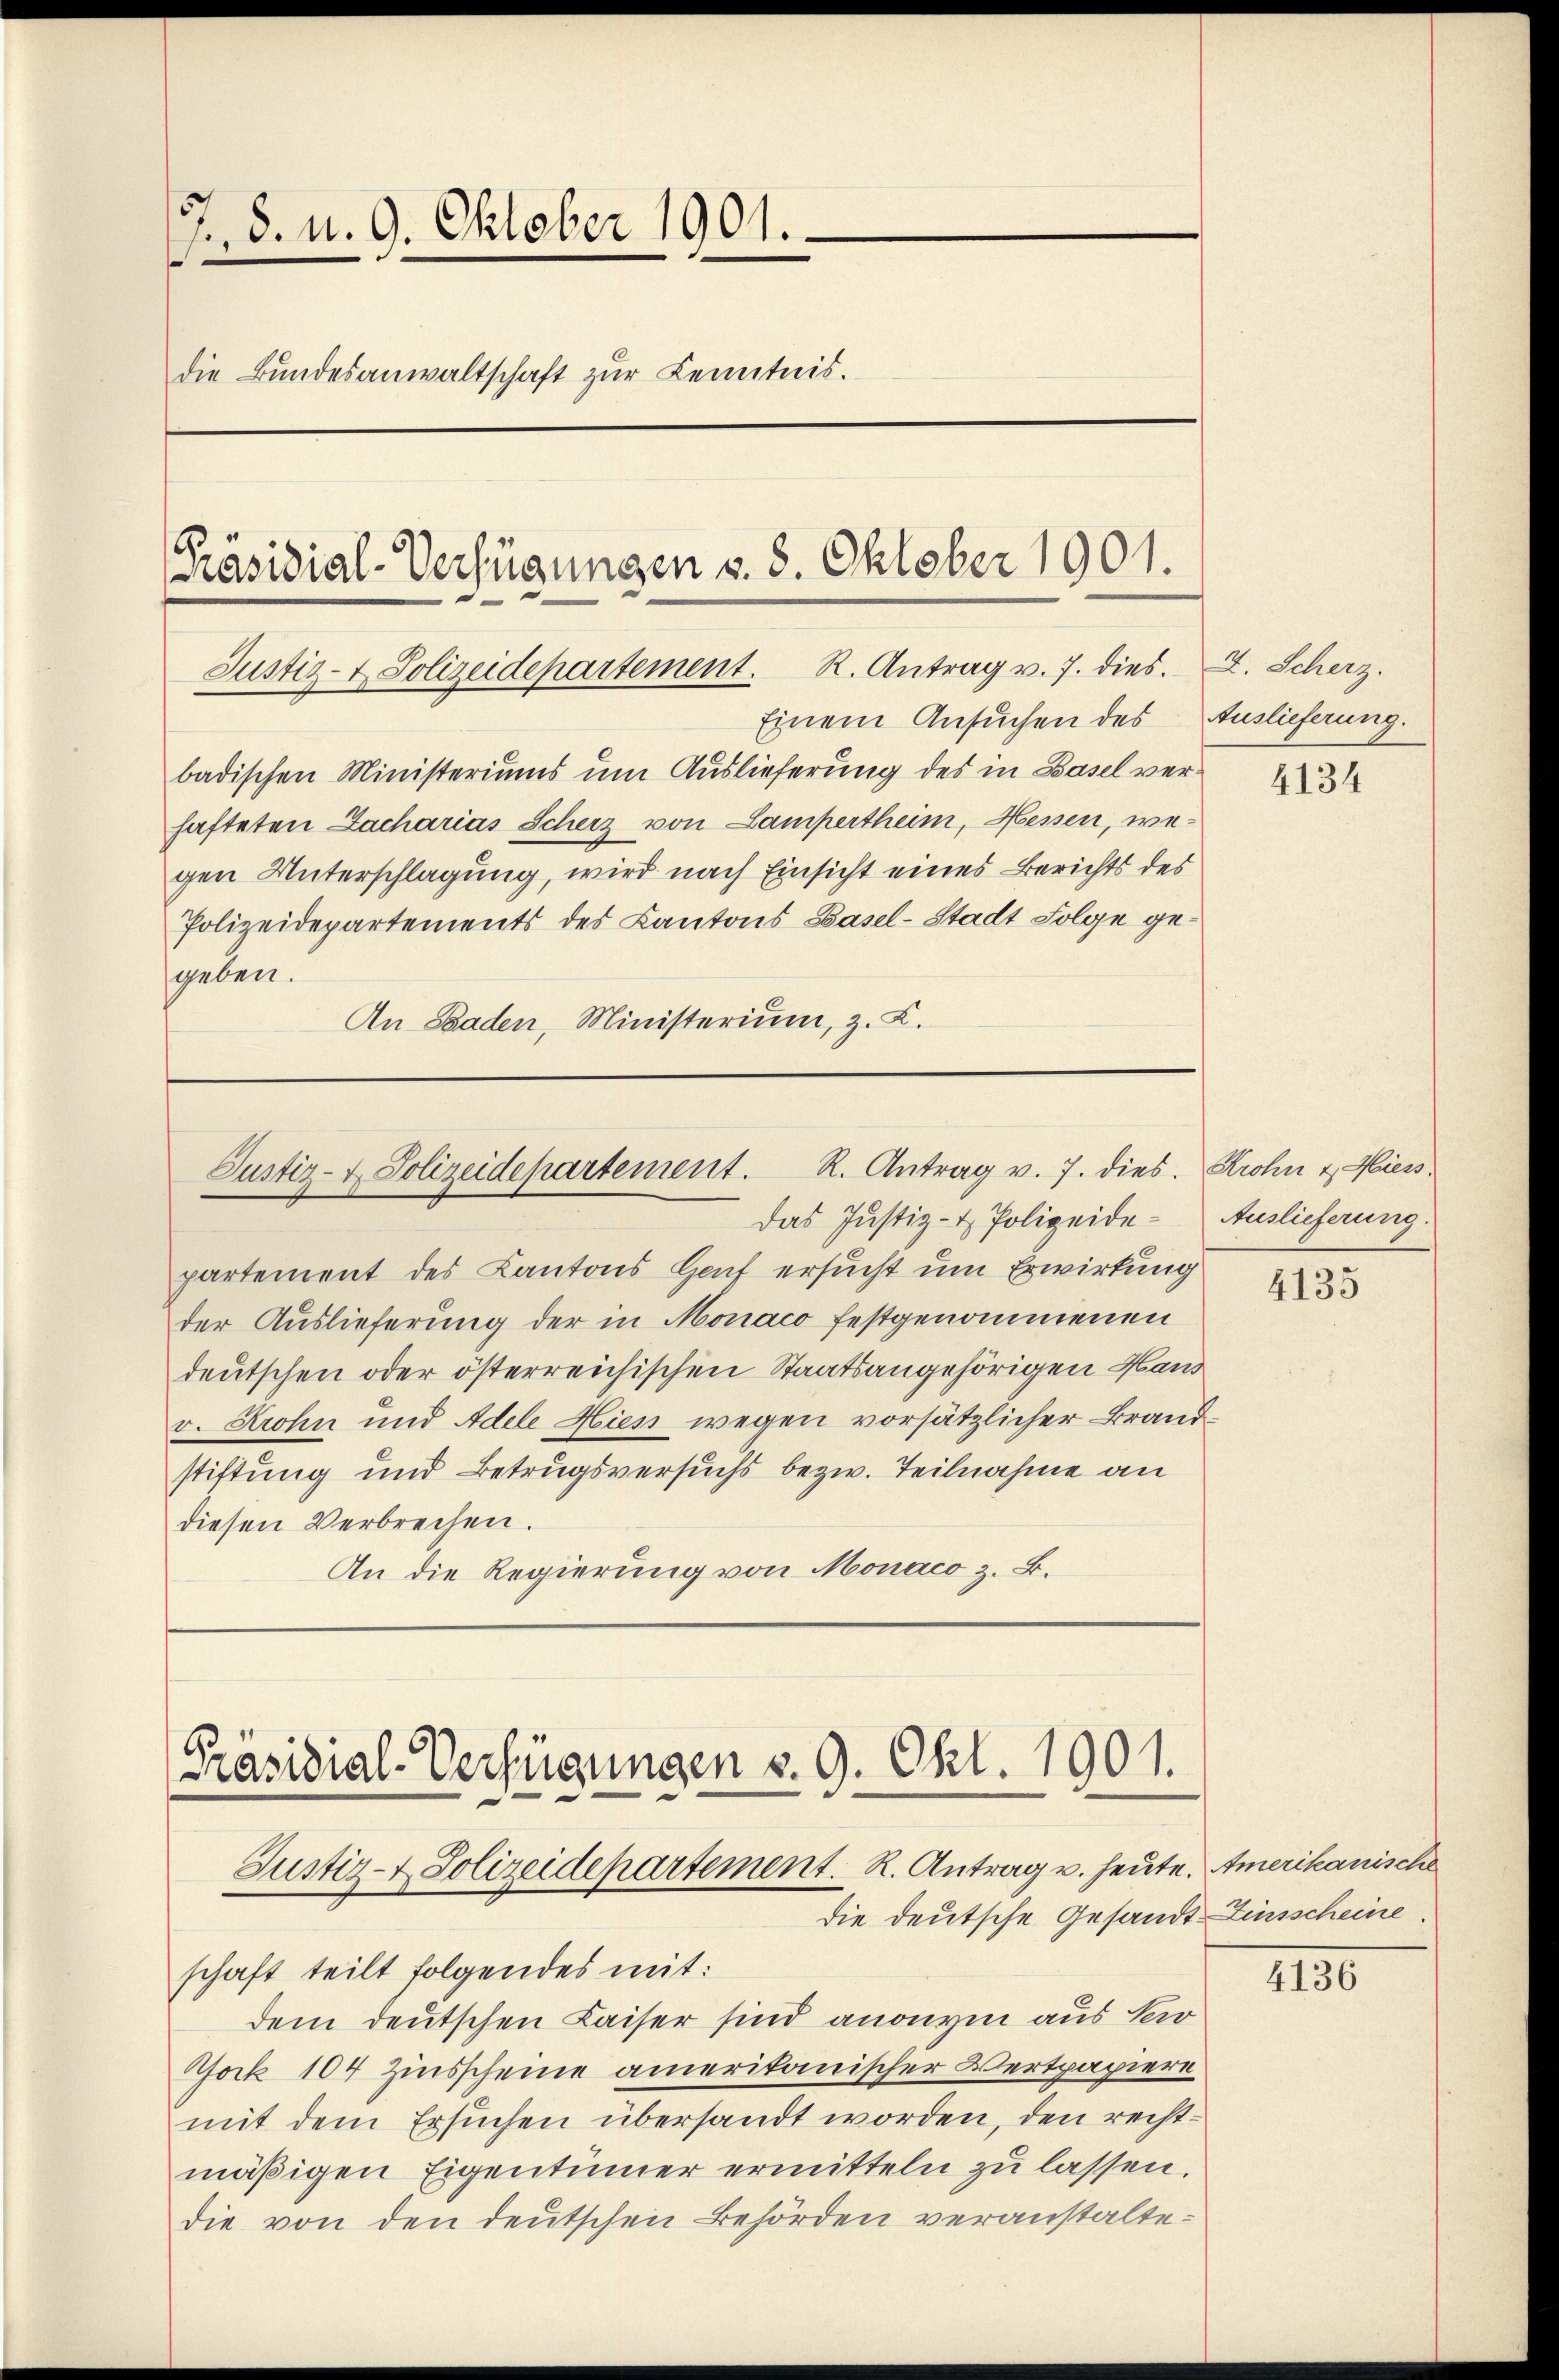
, 8. d. 9. Oktober 1901.
f
die Bundesanwaltschaft zur Kenntnis.

Präsidial-Verfügungen v. 8. Oktober 1901.
Justiz- & Polizeidepartement. R. Antrag v. 7. dies.

Einem Ansuchen des Auslieferung.
badischen Ministeriums um Auslieferung des in Basel verhafteten Zacharias Scherz von Lampertheim, Messen, wegen Unterschlagung, wird nach Einsicht eines Berichts des
Polizeidepartements des Kantons Basel-Stadt Folge gegeben.
An Baden, Ministerium, z. L.

Justiz- & Polizeidepartement. R. Antrag v. 7. dies.
das Justiz- & Polizeide¬

Präsidial-Verfügungen v. 9. Okt. 1901.
Justiz- & Polizeidepartement. R. Antrag u. heute. Amerikanische
die deutsche Gesandt Zinsscheine.

partement des Kantons Hof ersucht um Erwirkung
der Auslieferung der in Monaco festgenommenen
deutschen oder österreichischen Staatsangehörigen Hand
v. Krohn und Adele Hien wegen vorsätzlicher Brandstiftung und Betrugsversuchs bezw. Teilnahme an
diesen Verbrechen.
An die Regierung von Monaco z. B.

schaft teilt folgendes mit:
dem deutschen Kaiser sind anonym aus Ser
ock 104 Zinsscheine amerikanischer Vertpapiere
mit dem Ersuchen übersandt worden, den rechtmäßigen Eigentümer ermitteln zu lassen.
die von den deutschen Behörden veranstalte¬

2. Scherz.

4134

Krohn & Niess.
Auslieferung.

4135

4136